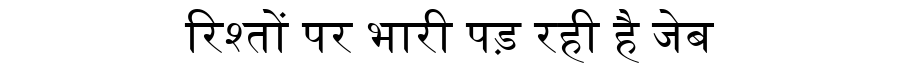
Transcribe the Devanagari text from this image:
रिश्तों पर भारी पड़ रही है जेब